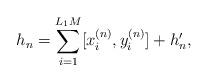
LaTeX: \begin{align*}h_n=\sum_{i=1}^{L_1M} [x_i^{(n)},y_i^{(n)}]+h_n',\end{align*}